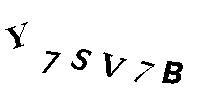
Y7SV7B